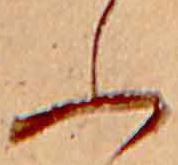
ふ